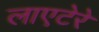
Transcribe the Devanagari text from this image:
लाएटेरे